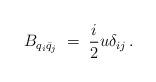
LaTeX: \begin{align*}B_{q_{i} \bar{q}_{j}} \;=\; \frac{i}{2} u \delta_{ij} \, .\end{align*}